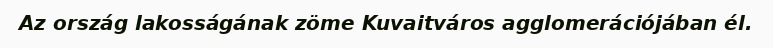
Az ország lakosságának zöme Kuvaitváros agglomerációjában él.